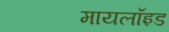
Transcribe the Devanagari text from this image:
मायलॉइड